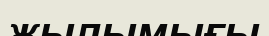
жылымығы